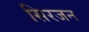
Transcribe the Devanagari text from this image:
सिरजन